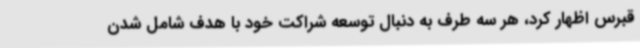
قبرس اظهار کرد، هر سه طرف به دنبال توسعه شراکت خود با هدف شامل شدن